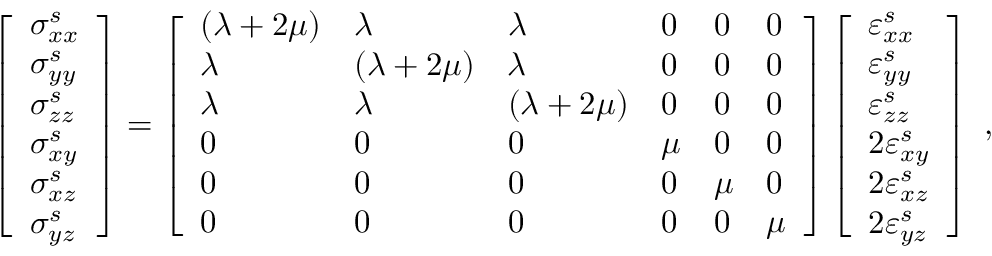
\begin{array} { r } { \left[ \begin{array} { l } { \sigma _ { x x } ^ { s } } \\ { \sigma _ { y y } ^ { s } } \\ { \sigma _ { z z } ^ { s } } \\ { \sigma _ { x y } ^ { s } } \\ { \sigma _ { x z } ^ { s } } \\ { \sigma _ { y z } ^ { s } } \end{array} \right] = \left[ \begin{array} { l l l l l l } { ( \lambda + 2 \mu ) } & { \lambda } & { \lambda } & { 0 } & { 0 } & { 0 } \\ { \lambda } & { ( \lambda + 2 \mu ) } & { \lambda } & { 0 } & { 0 } & { 0 } \\ { \lambda } & { \lambda } & { ( \lambda + 2 \mu ) } & { 0 } & { 0 } & { 0 } \\ { 0 } & { 0 } & { 0 } & { \mu } & { 0 } & { 0 } \\ { 0 } & { 0 } & { 0 } & { 0 } & { \mu } & { 0 } \\ { 0 } & { 0 } & { 0 } & { 0 } & { 0 } & { \mu } \end{array} \right] \left[ \begin{array} { l } { \varepsilon _ { x x } ^ { s } } \\ { \varepsilon _ { y y } ^ { s } } \\ { \varepsilon _ { z z } ^ { s } } \\ { 2 \varepsilon _ { x y } ^ { s } } \\ { 2 \varepsilon _ { x z } ^ { s } } \\ { 2 \varepsilon _ { y z } ^ { s } } \end{array} \right] } \end{array} ,